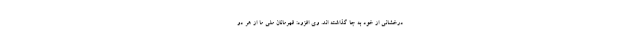
درخشانی از خود به جا گذاشته اند. وی افزود: قهرمانان ملی ما از هر دو